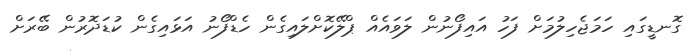
ގޮނޑީގައި ހަމަޖެހިލުމަށް ފަހު އައިފޯނުން ލަވައެއް ޕްލޭކޮށްލައިގެން ހެޑްފޯނު އަޅައިގެން ކުޑަދޮރުން ބޭރަށް